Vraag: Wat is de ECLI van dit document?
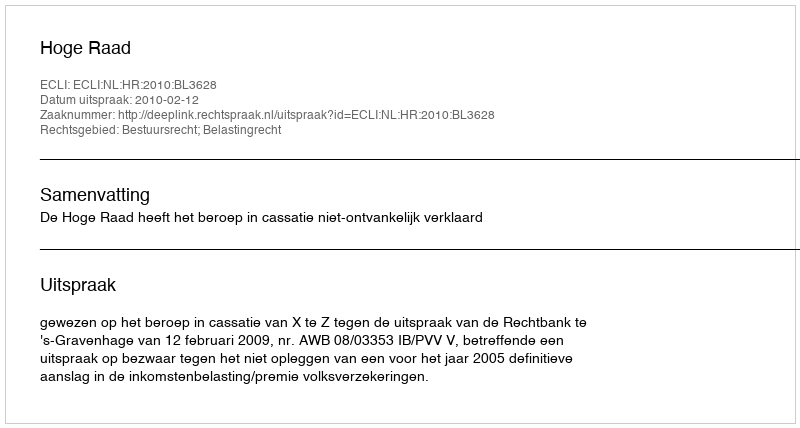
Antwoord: ECLI:NL:HR:2010:BL3628